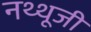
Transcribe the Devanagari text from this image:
नथ्थूजी